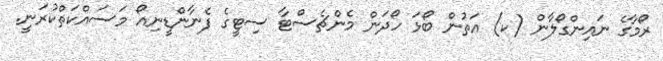
ރޯމާގެ ނައިންގޯލާން (ކ) އަތުން ބޯޅަ ހޯދަން މެންޗެސްޓާ ސިޓީގެ ފެނާންޑީނިއޯ މަސައްކަތްކުރަނީ.